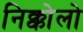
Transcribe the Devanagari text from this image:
निक्कोलो